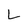
Character: L